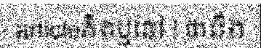
articleគិតឬនៅ ! ថានឹង